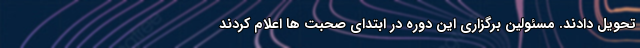
تحویل دادند. مسئولین برگزاری این دوره در ابتدای صحبت ها اعلام کردند